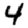
Digit: 4